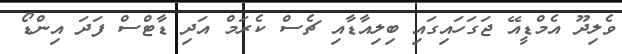
ވެލިދޫ އެމްޑީއޭ ޖަގަހައިގައި ބިލިއާޑާއި ޗެސް ކެރަމް އަދި ޑާޓްސް ފަދަ އިންޑޯ